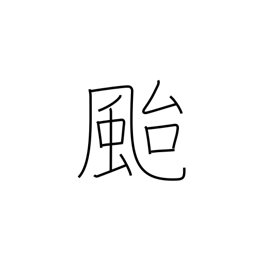
Meaning: typhoon